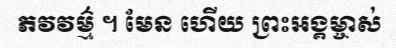
ភវវម៌្ម ។ មែន ហើយ ព្រះអង្គម្ចាស់